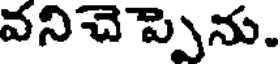
వనిచెప్పెను.